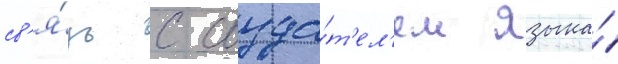
св'я́зь с созда́т'ел'ем языка́